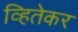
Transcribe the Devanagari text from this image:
व्हितेकर